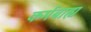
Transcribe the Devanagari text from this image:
कर्मबाह्य